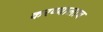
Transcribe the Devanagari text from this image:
करण्यालाच